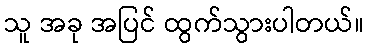
သူ အခု အပြင် ထွက်သွားပါတယ်။